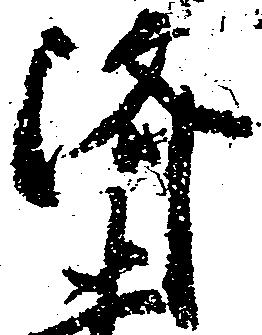
済